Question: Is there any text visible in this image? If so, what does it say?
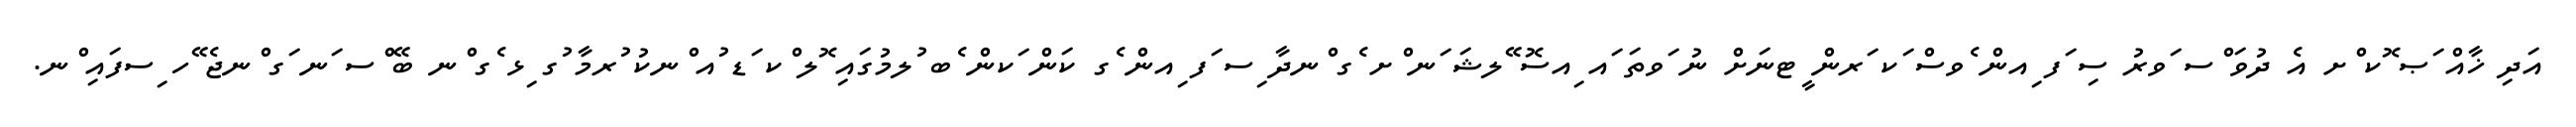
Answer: އަދި ޚާއް ަޞ ޮކ ްށ އެ ދުވަ ްސ ަވރު ސި ަފ ިއން ެވސް ަކ ަރން ީޓނަށް ނު ަވތަ ައ ިއސޮ ޭލޝަ ަނ ްށ ެގ ްނދާ ިސ ަފ ިއން ެގ ކަން ަކން ެބ ުލމުގައި ޮލ ްކ ަޑ ުއ ްނކު ުރމާ ުގ ިޅ ެގ ްނ ބޭ ްސ ަނ ަގ ްނޖެ ޭހ ިސފައި ްނ.